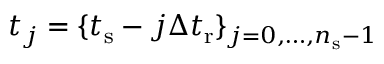
t _ { j } = \{ t _ { \mathrm { s } } - j \Delta t _ { \mathrm { r } } \} _ { j = 0 , \dots , n _ { \mathrm { s } } - 1 }